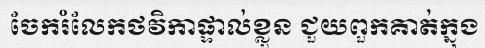
ចែករំលែកថវិកាផ្ទាល់ខ្លួន ជួយពួកគាត់ក្នុង